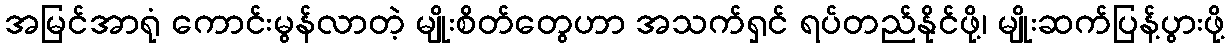
အမြင်အာရုံ ကောင်းမွန်လာတဲ့ မျိုးစိတ်တွေဟာ အသက်ရှင် ရပ်တည်နိုင်ဖို့၊ မျိုးဆက်ပြန့်ပွားဖို့